Assam Mental Hospital (Tezpur, India) - 1933-1948
Year: 1933
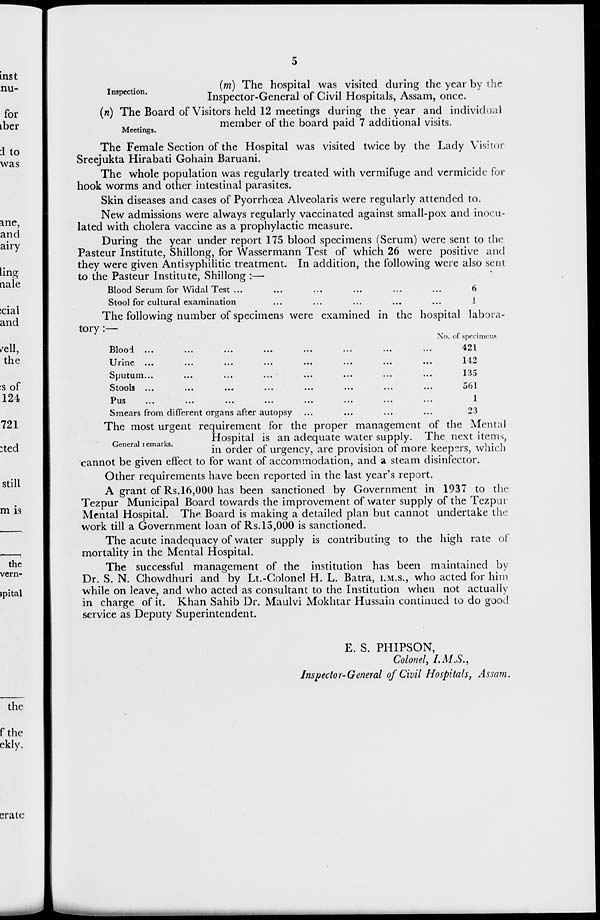
5
Inspection.
(m) The hospital was visited during the year by the
Inspector-General of Civil Hospitals, Assam, once.
Meetings.
(n) The Board of Visitors held 12 meetings during the year and individual
member of the board paid 7 additional visits.
The Female Section of the Hospital was visited twice by the Lady Visitor
Sreejukta Hirabati Gohain Baruani.
The whole population was regularly treated with vermifuge and vermicide for
hook worms and other intestinal parasites.
Skin diseases and cases of Pyorrhœa Alveolaris were regularly attended to.
New admissions were always regularly vaccinated against small-pox and inocu-
lated with cholera vaccine as a prophylactic measure.
During the year under report 175 blood specimens (Serum) were sent to the
Pasteur Institute, Shillong, for Wassermann Test of which 26 were positive and
they were given Antisyphilitic treatment. In addition, the following were also sent
to the Pasteur Institute, Shillong :—
Blood Serum for Widal Test ... ... ... ... ...
Stool for cultural examination ... ... ... ...
6
1
The following number of specimens were examined in the hospital labora-
tory :—
Blood ... ... ... ... ... ... ... ...
Urine
...
...
...
...
...
...
...
...
Sputum ... ... ... ... ... ... ... ...
Stools ...
...
...
...
...
...
...
...
Pus
...
...
...
...
...
...
...
...
Smears from different organs after autopsy ... ... ... ...
No. of specimens
421
142
135
561
1
23
General remarks.
The most urgent requirement for the proper management of the Mental
Hospital is an adequate water supply. The next items,
in order of urgency, are provision of more keepers, which
cannot be given effect to for want of accommodation, and a steam disinfector.
Other requirements have been reported in the last year's report.
A grant of Rs. 16,000 has been sanctioned by Government in 1937 to the
Tezpur Municipal Board towards the improvement of water supply of the Tezpur
Mental Hospital. The Board is making a detailed plan but cannot undertake the
work till a Government loan of Rs.15,000 is sanctioned.
The acute inadequacy of water supply is contributing to the high rate of
mortality in the Mental Hospital.
The successful management of the institution has been maintained by
Dr. S. N. Chowdhuri and by Lt.-Colonel H. L. Batra, I.M.S., who acted for him
while on leave, and who acted as consultant to the Institution when not actually
in charge of it. Khan Sahib Dr. Maulvi Mokhtar Hussain continued to do good
service as Deputy Superintendent.
E. S. PHIPSON,
Colonel, I.M.S.,
Inspector-General of Civil Hospitals, Assam.